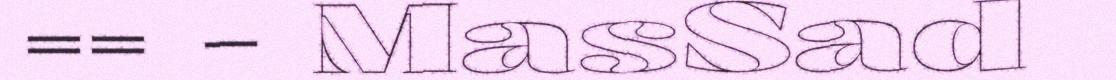
== - MasSad